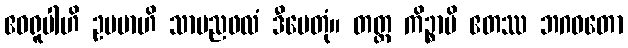
ဧဝရူပါဟိ ဥပမာဟိ သာမညဖလံ ဒီပေတုံ။ တတ္ထ ကိဉ္စာပိ ဧတဿ ဘဂဝတော